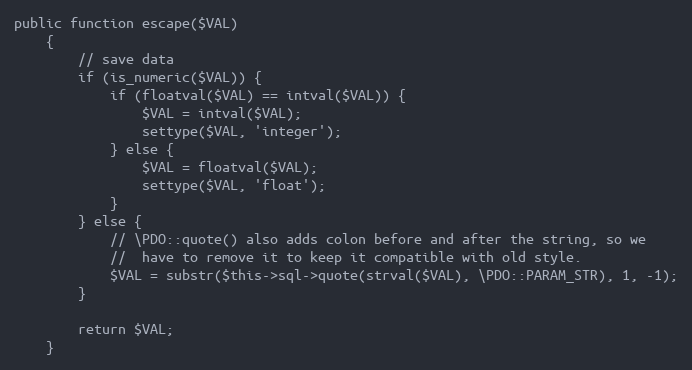
Language: PHP
public function escape($VAL)
    {
        // save data
        if (is_numeric($VAL)) {
            if (floatval($VAL) == intval($VAL)) {
                $VAL = intval($VAL);
                settype($VAL, 'integer');
            } else {
                $VAL = floatval($VAL);
                settype($VAL, 'float');
            }
        } else {
            // \PDO::quote() also adds colon before and after the string, so we
            //  have to remove it to keep it compatible with old style.
            $VAL = substr($this->sql->quote(strval($VAL), \PDO::PARAM_STR), 1, -1);
        }

        return $VAL;
    }